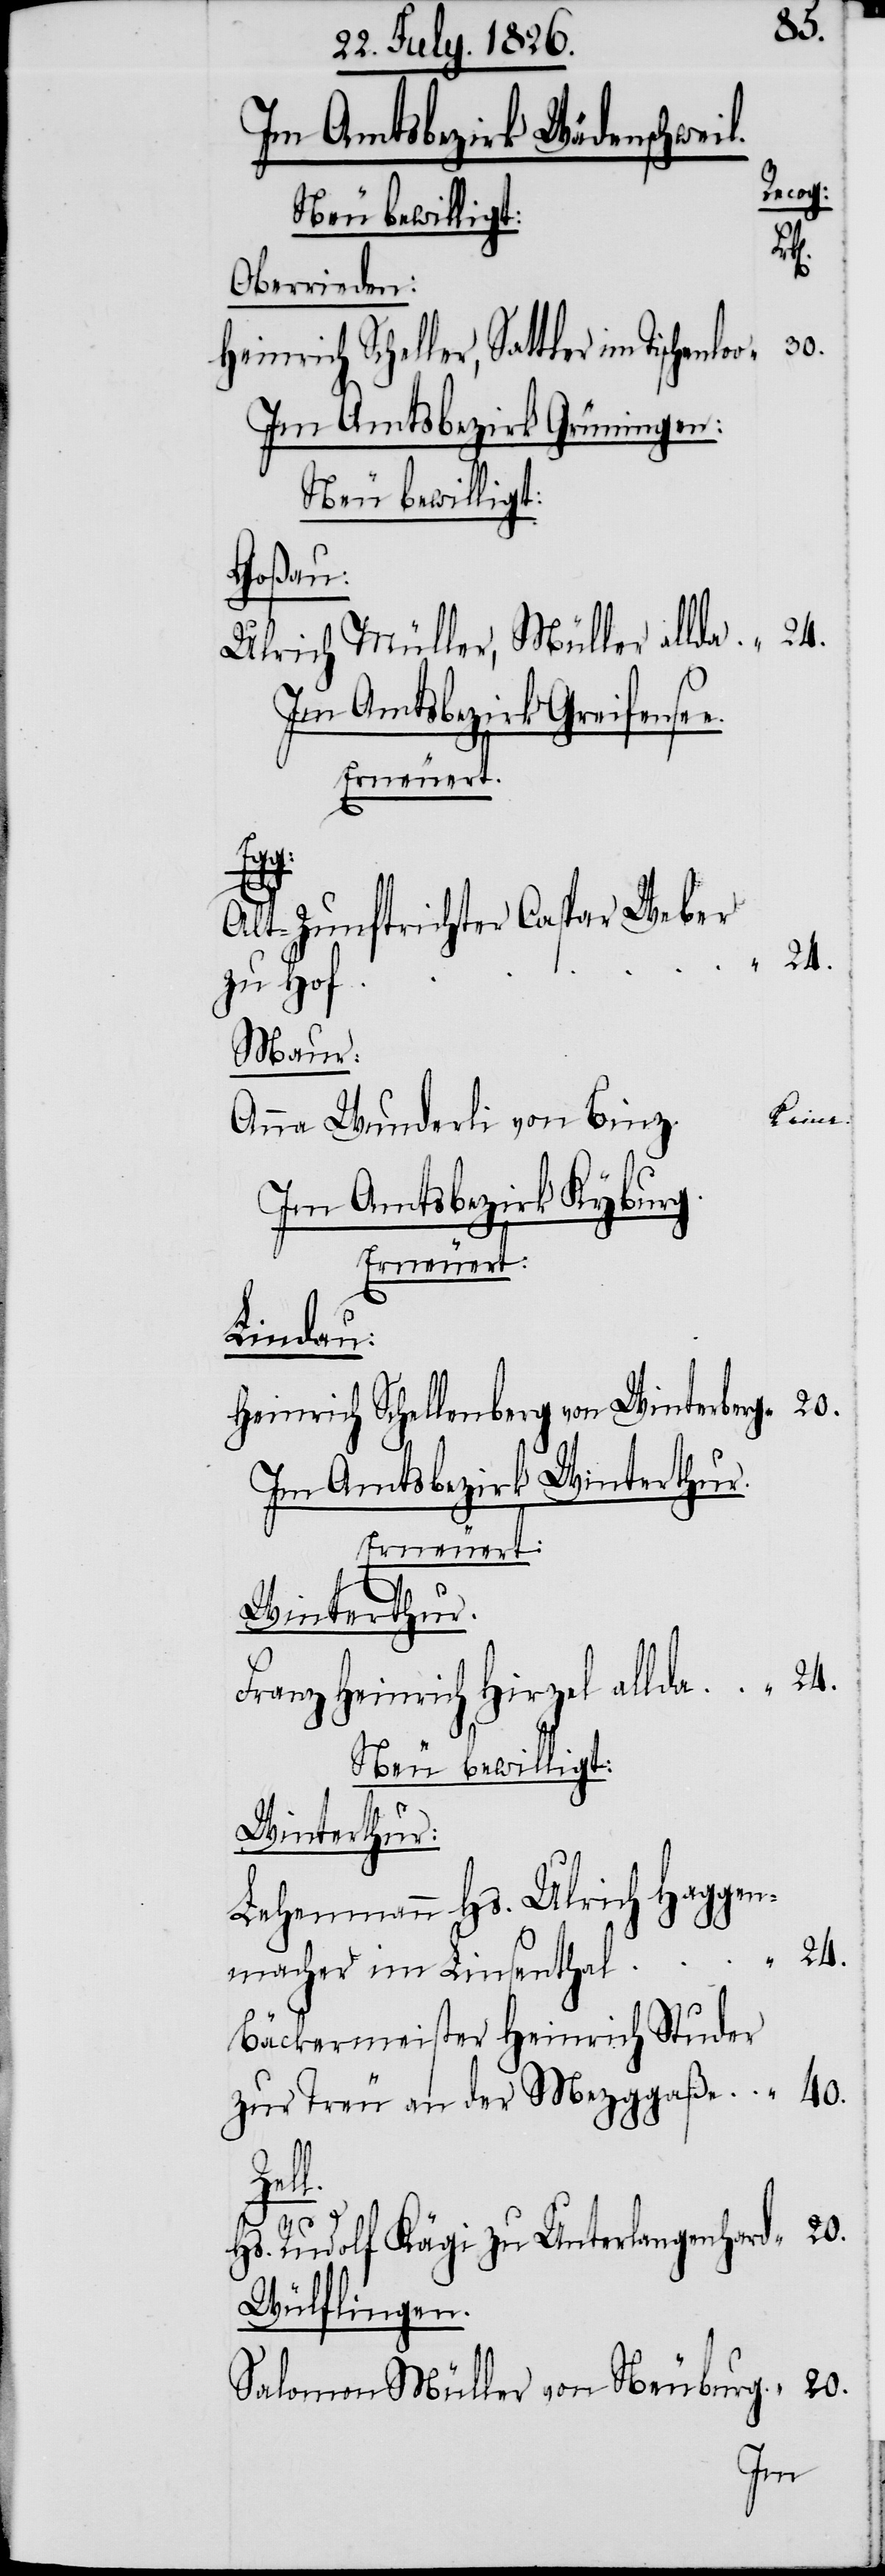
Im Amtsbezirk
Wädenschweil.
Neubewilligt:
cog:
Oberrieden:
Heinrich Scheller, Sattler im Tischenloo
Im Amtsbezirk Grüningen:
Neubewilligt:
Goßau:
Ulrich Müller, Müller allda
Im Amtsbezirk Greifense¬
“
Alt-Zunftrichter Caspar Weber
24.
zu Hof
Maur:
keine
Anna Wunderli von Binz
Im Amtsbezirk Kyburg.
Erneuert:
Lindau:
Heinrich Schellenberg von Winterberg
Im Amtsbezirk Winterthur.
40.
Winterthur.
Franz Heinrich Hirzel allda
Neu bewilligt:
Winterthur.
Lehenmann Hs. Ulrich Haggen¬
macher im Linsenthal
Bäckermeister Heinrich Studer
zur Treu an der Mezggaß
Zell.
20.
Hs. Rudolf Kägi zu Unterlangenhard
Wülflingen.
Salomon Müller von Neuburg